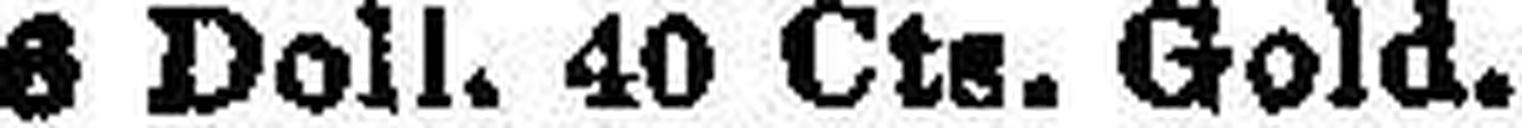
6 Doll. 40 Cts. Gold.